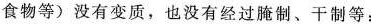
食物等)没有变质，也没有经过腌制、干制等：